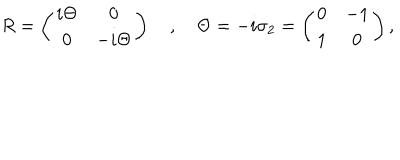
R = \left( \begin{matrix} { { i \Theta } } & { { 0 } } \\ { { 0 } } & { { - i \Theta } } \\ \end{matrix} \right) \quad , \quad \Theta = - i \sigma _ { 2 } = \left( \begin{matrix} { { 0 } } & { { - 1 } } \\ { { 1 } } & { { 0 } } \\ \end{matrix} \right) ,